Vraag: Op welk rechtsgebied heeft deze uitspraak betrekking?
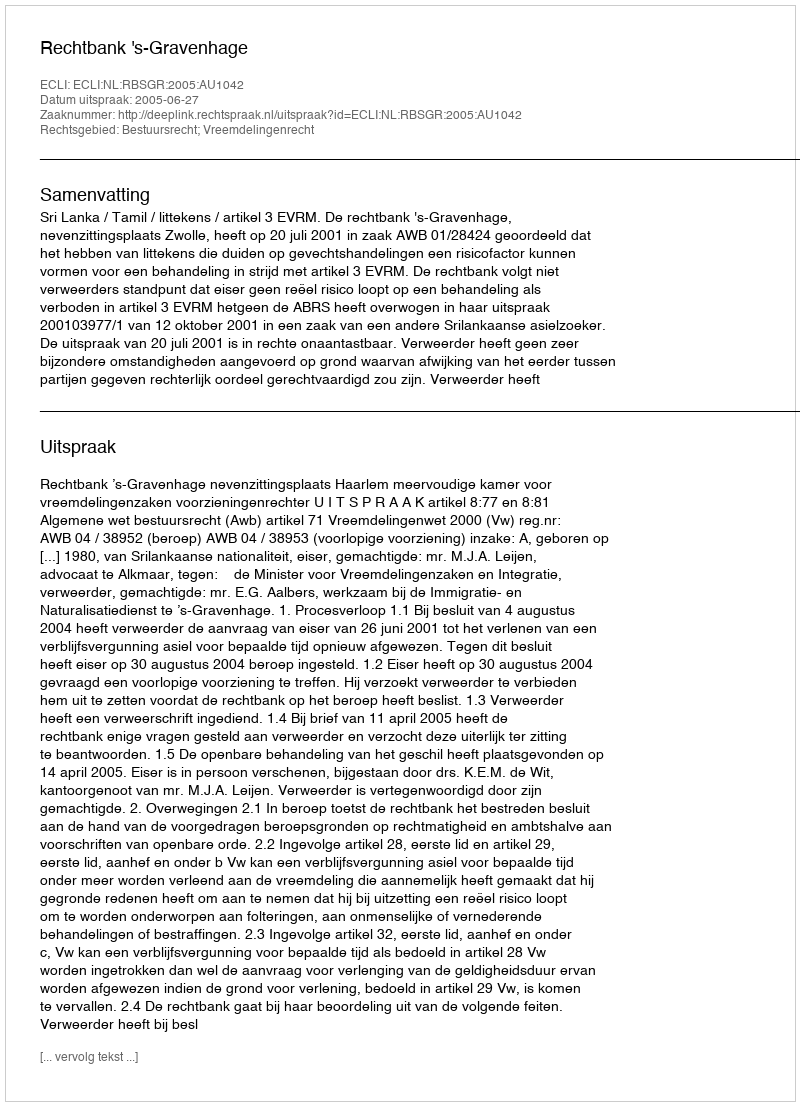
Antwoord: Bestuursrecht; Vreemdelingenrecht